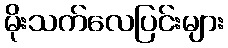
မိုးသက်လေပြင်းများ